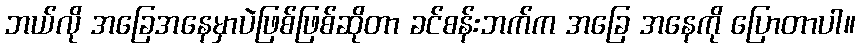
ဘယ်လို အခြေအနေမှာပဲဖြစ်ဖြစ်ဆိုတာ ခင်စန်းဘက်က အခြေ အနေကို ပြောတာပါ။